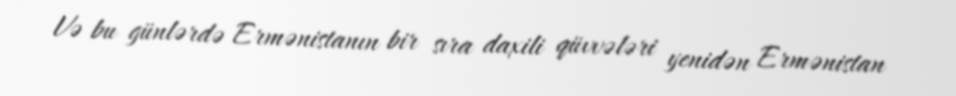
Və bu günlərdə Ermənistanın bir sıra daxili qüvvələri yenidən Ermənistan